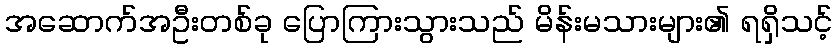
အဆောက်အဦးတစ်ခု ပြောကြားသွားသည် မိန်းမသားများ၏ ရရှိသင့်